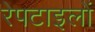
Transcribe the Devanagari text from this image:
रेपटाइलों